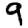
Digit: 9